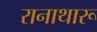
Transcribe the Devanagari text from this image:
रानाथारू